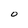
Character: O